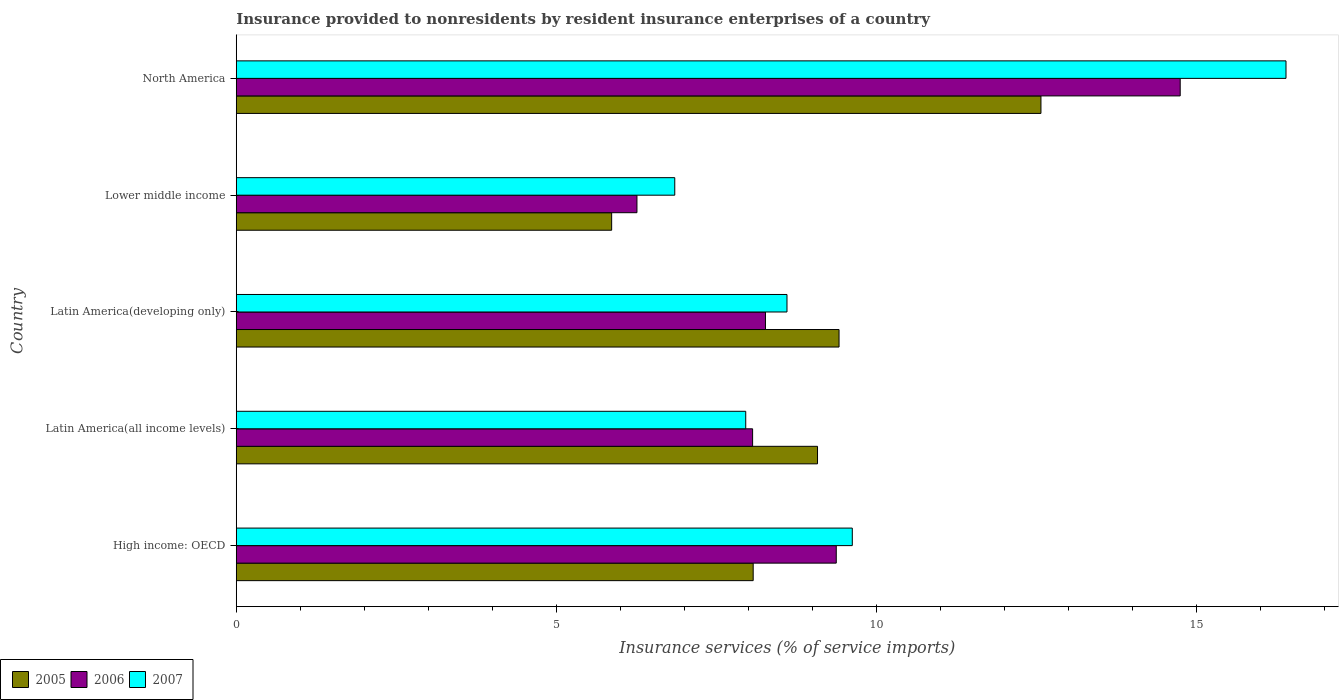
| Country | 2005 | 2006 | 2007 |
 | --- | --- | --- | --- |
 | High income: OECD | 8.07 | 9.37 | 9.62 |
 | Latin America(all income levels) | 9.08 | 8.06 | 7.96 |
 | Latin America(developing only) | 9.41 | 8.27 | 8.6 |
 | Lower middle income | 5.86 | 6.26 | 6.85 |
 | North America | 12.6 | 14.7 | 16.4 |